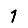
Digit: 1